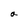
Character: a